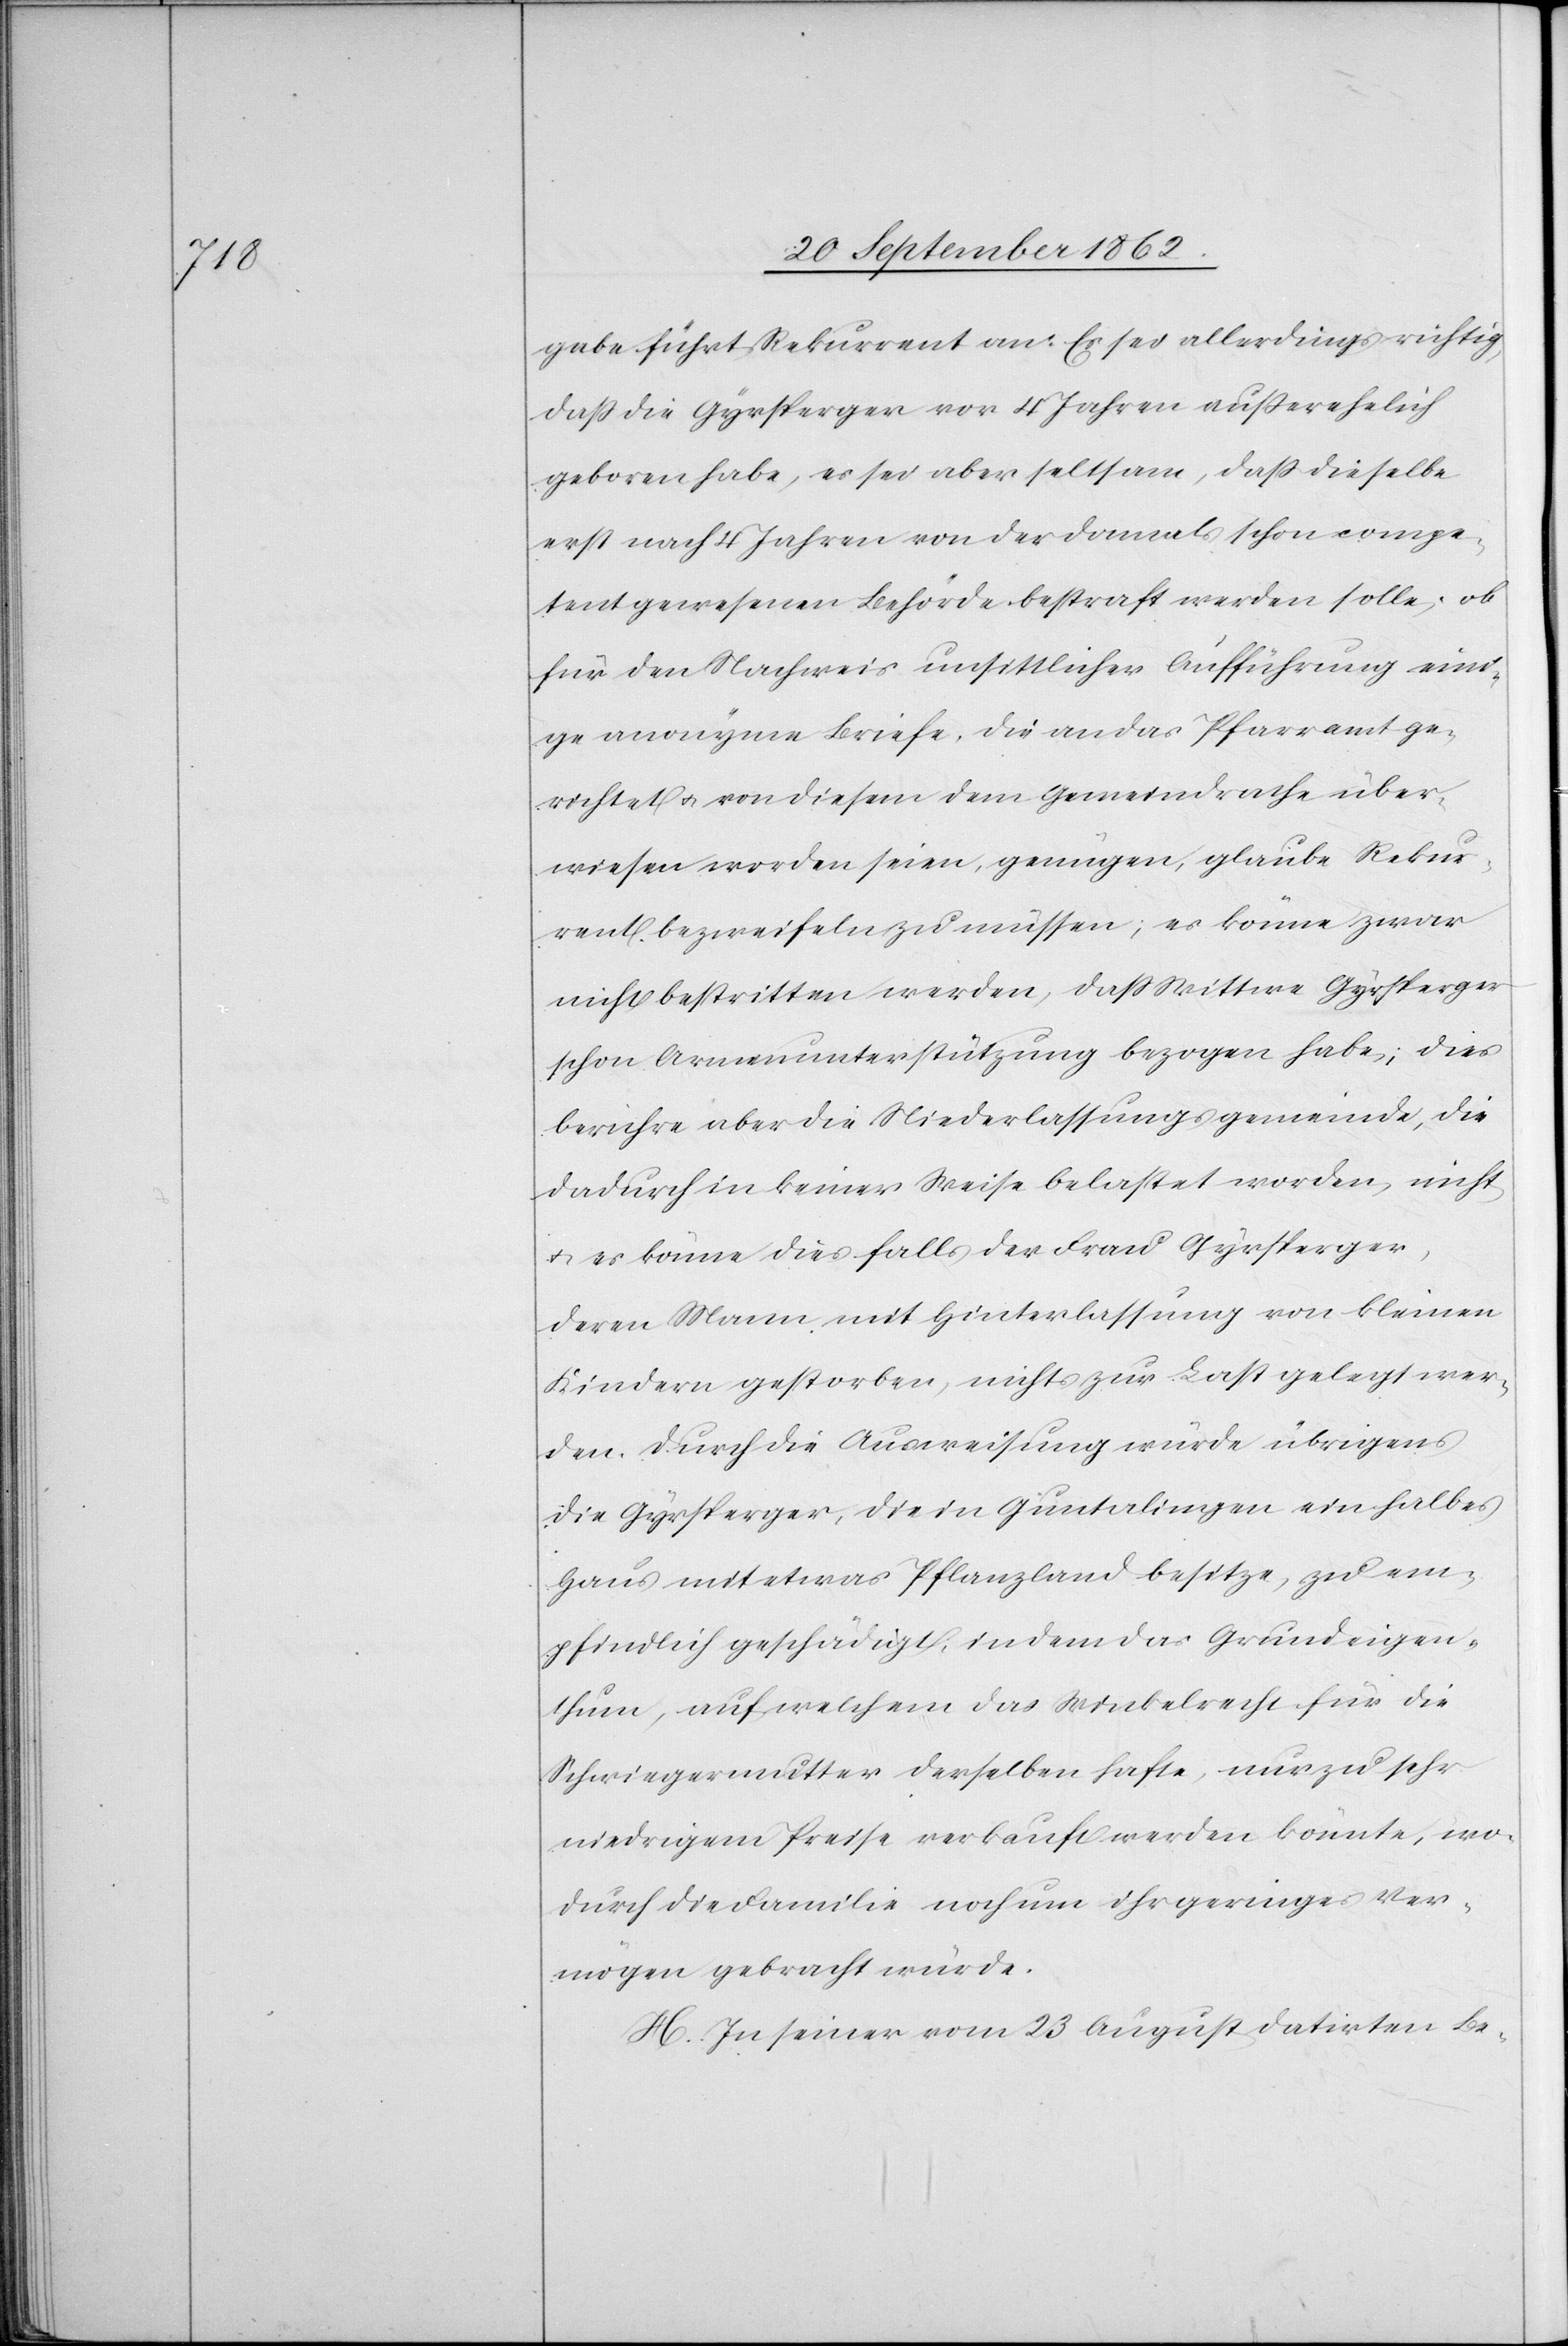
gabe führt der Rekurrent an: Es sei allerdings richtig,
daß die Gyrsperger vor 4 Jahren außerehelich
geboren habe, es sei aber seltsam, daß dieselbe
erst nach 4 Jahren von der damals schon compe¬
tent gewesenen Behörde bestraft werden solle; ob
für den Nachweis unsittlicher Aufführung eini¬
ge anonyme Briefe, die an das Pfarramt ge¬
richtet u. von diesem dem Gemeindrathe über¬
wiesen worden seien, genügen, glaube Rekur¬
rent bezweifeln zu müssen; es könne zwar
nicht bestritten werden, daß Wittwe Gyrsperger
schon Armenunterstützung bezogen habe; dies
berühre aber die Niederlassungsgemeinde, die
dadurch in keiner Weise belastet worden, nicht
u. es könne dies falls der Frau Gyrsperger,
deren Mann mit Hinterlassung von kleinen
Kindern gestorben, nichts zur Last gelegt wer¬
den. Durch die Ausweisung würde übrigens
die Gyrsperger, die in Guntalingen ein halbes
Haus mit etwas Pflanzland besitze, zu em¬
pfindlich geschädigt, indem das Grundeigen¬
thum, auf welchem das Winkelrecht für die
Schwiegermutter derselben hafte, nur zu sehr
niedrigem Preise verkauft werden könnte, wo¬
durch die Familie noch um ihr geringes Ver¬
mögen gebracht würde.
H. In seiner vom 23. August datirten Be-